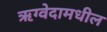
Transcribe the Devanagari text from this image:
ऋग्वेदामधील